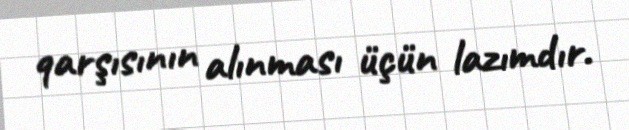
qarşısının alınması üçün lazımdır.